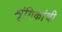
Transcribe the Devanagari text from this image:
शृंगिकांची